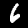
Digit: 6